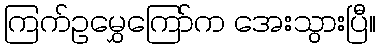
ကြက်ဥမွှေကြော်က အေးသွားပြီ။